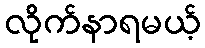
လိုက်နာရမယ့်